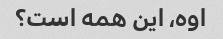
اوه، این همه است؟